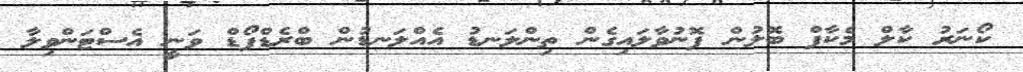
ކޯނަރު ކާލް މެކާފް ބޮލުން ފޮނުވާލައިގެން ތިންލަނޑު އެއްލަނޑުން ބްރެޑްފޯޑް ވަނީ އެސްޓަންވިލާ